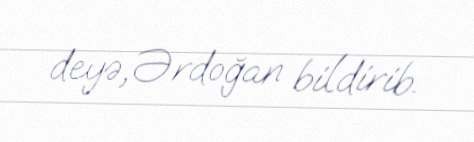
deyə, Ərdoğan bildirib.